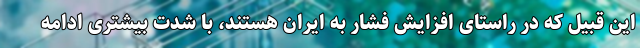
این قبیل که در راستای افزایش فشار به ایران هستند، با شدت بیشتری ادامه